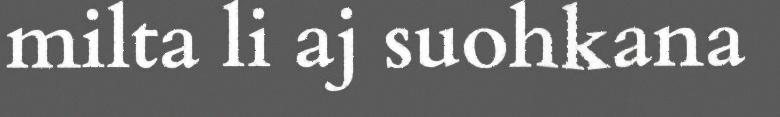
milta li aj suohkana